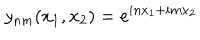
y _ { n m } ( x _ { 1 } , x _ { 2 } ) = e ^ { i n x _ { 1 } + i m x _ { 2 } }